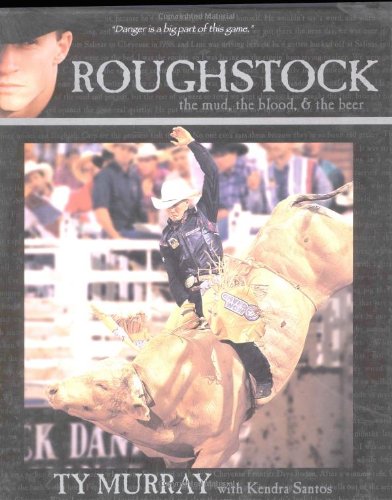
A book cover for Roughstock - the Mud, the Blood & the Beer; Ty Murray; Sports & Outdoors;